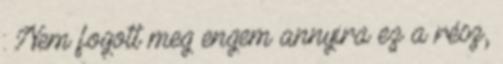
: Nem fogott meg engem annyira ez a rész,